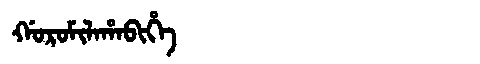
Manchu: ᡤᠣᡵᠣᠮᡳᠯᠠᡥᠠᠪᡳᡥᡝ
Romanization: GOROMILAHABIHE